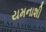
યમનાશી